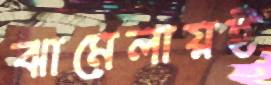
ঝামেলায়ই